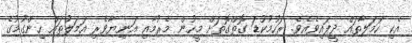
އެކި ހަމަލާތައް ދީފައިވެއެވެ. ރަހުމުކުޑަ ގޮތްގޮތަށް މީހުން މެރުމާއި އަނިޔާވެރި އަމަލުތައް ހިންގުމުގެ